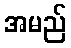
အမည်